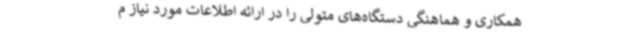
همکاری و هماهنگی دستگاه‌های متولی را در ارائه اطلاعات مورد نیاز م